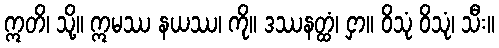
ဣတိ၊ သို့။ ဣမဿ နယဿ၊ ကို။ ဒဿနတ္ထံ၊ ငှာ။ ဝိသုံ ဝိသုံ၊ သီး။